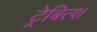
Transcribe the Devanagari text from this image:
ट्रेबित्श